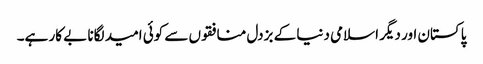
پاکستان اور دیگر اسلامی دنیا کے بزدل منافقوں سے کوئی امید لگانا بے کار ہے۔